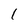
Character: 1